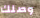
وصلك